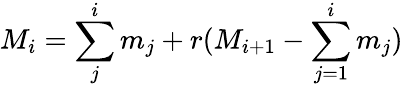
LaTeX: M_{i}=\sum_{j}^{i}m_{j}+r(M_{i+1}-\sum_{j=1}^{i}m_{j})